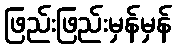
ဖြည်းဖြည်းမှန်မှန်